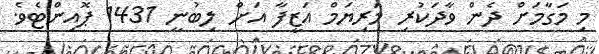
މި މަގާމަށް ދެން ވާދަކުރި މަރިޔަމް އަޒީފާ އަށް ލިބުނީ 1431 ޕޮއިންޓެވެ.